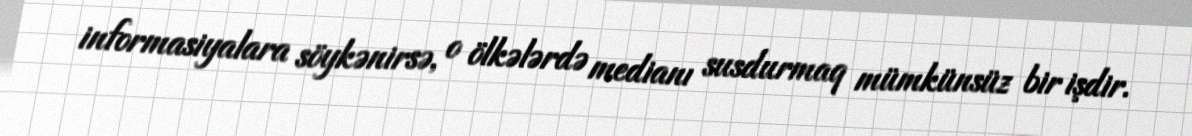
informasiyalara söykənirsə, o ölkələrdə medianı susdurmaq mümkünsüz bir işdir.